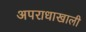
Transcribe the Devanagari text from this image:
अपराधाखाली